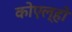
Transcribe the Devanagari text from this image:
कोएल्हो